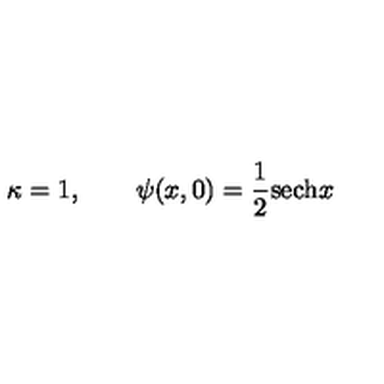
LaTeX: \kappa = 1 , \qquad \psi ( x , 0 ) = { \frac { 1 } { 2 } } \mathrm { s e c h } x